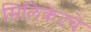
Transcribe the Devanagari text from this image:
सिलिकेटचे